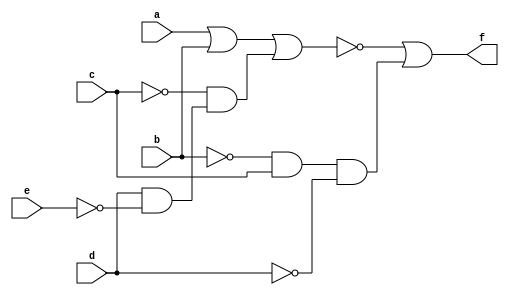
module Exercicio2 ( a, b, c, d, e, f); // declarao do nome do mdulo AND
input a, b, c, d, e; // entrada de dados - um bit
output f; // sada de dados - um bit
wire t1, t2; //declarando a conexo como f
 
assign t1 = ~(((a |b)| ~(c) & (d& ~e))); // circuito AND de A e B
assign t2 = ~b & c & ~d; // circuito AND C e D
assign f = t1 | t2;
 
endmodule // final do mdulo AND